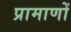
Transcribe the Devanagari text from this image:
प्रामाणों